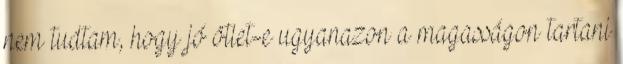
nem tudtam, hogy jó ötlet-e ugyanazon a magasságon tartani